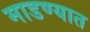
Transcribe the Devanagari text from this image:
माडण्यात